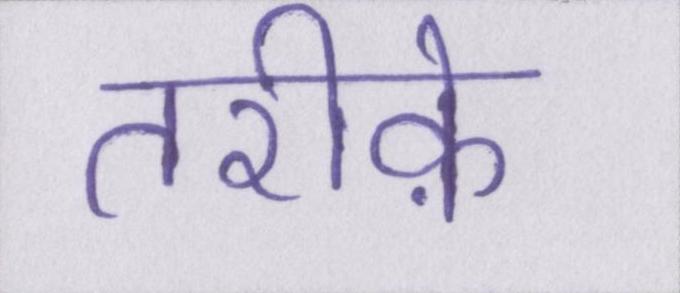
तरीके़